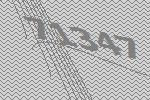
71347